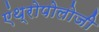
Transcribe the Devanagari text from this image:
एंथ्रोपोलोजी